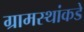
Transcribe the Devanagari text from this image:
ग्रामस्‍थांकडे